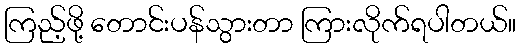
ကြည့်ဖို့ တောင်းပန်သွားတာ ကြားလိုက်ရပါတယ်။